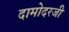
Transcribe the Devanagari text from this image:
दामोदरजी